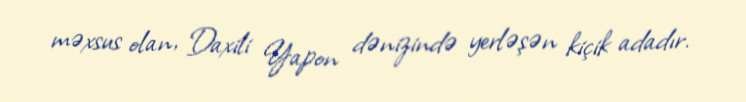
məxsus olan, Daxili Yapon dənizində yerləşən kiçik adadır.